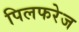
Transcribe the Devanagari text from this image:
पिलफरेज